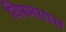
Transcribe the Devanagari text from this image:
विस्मयास